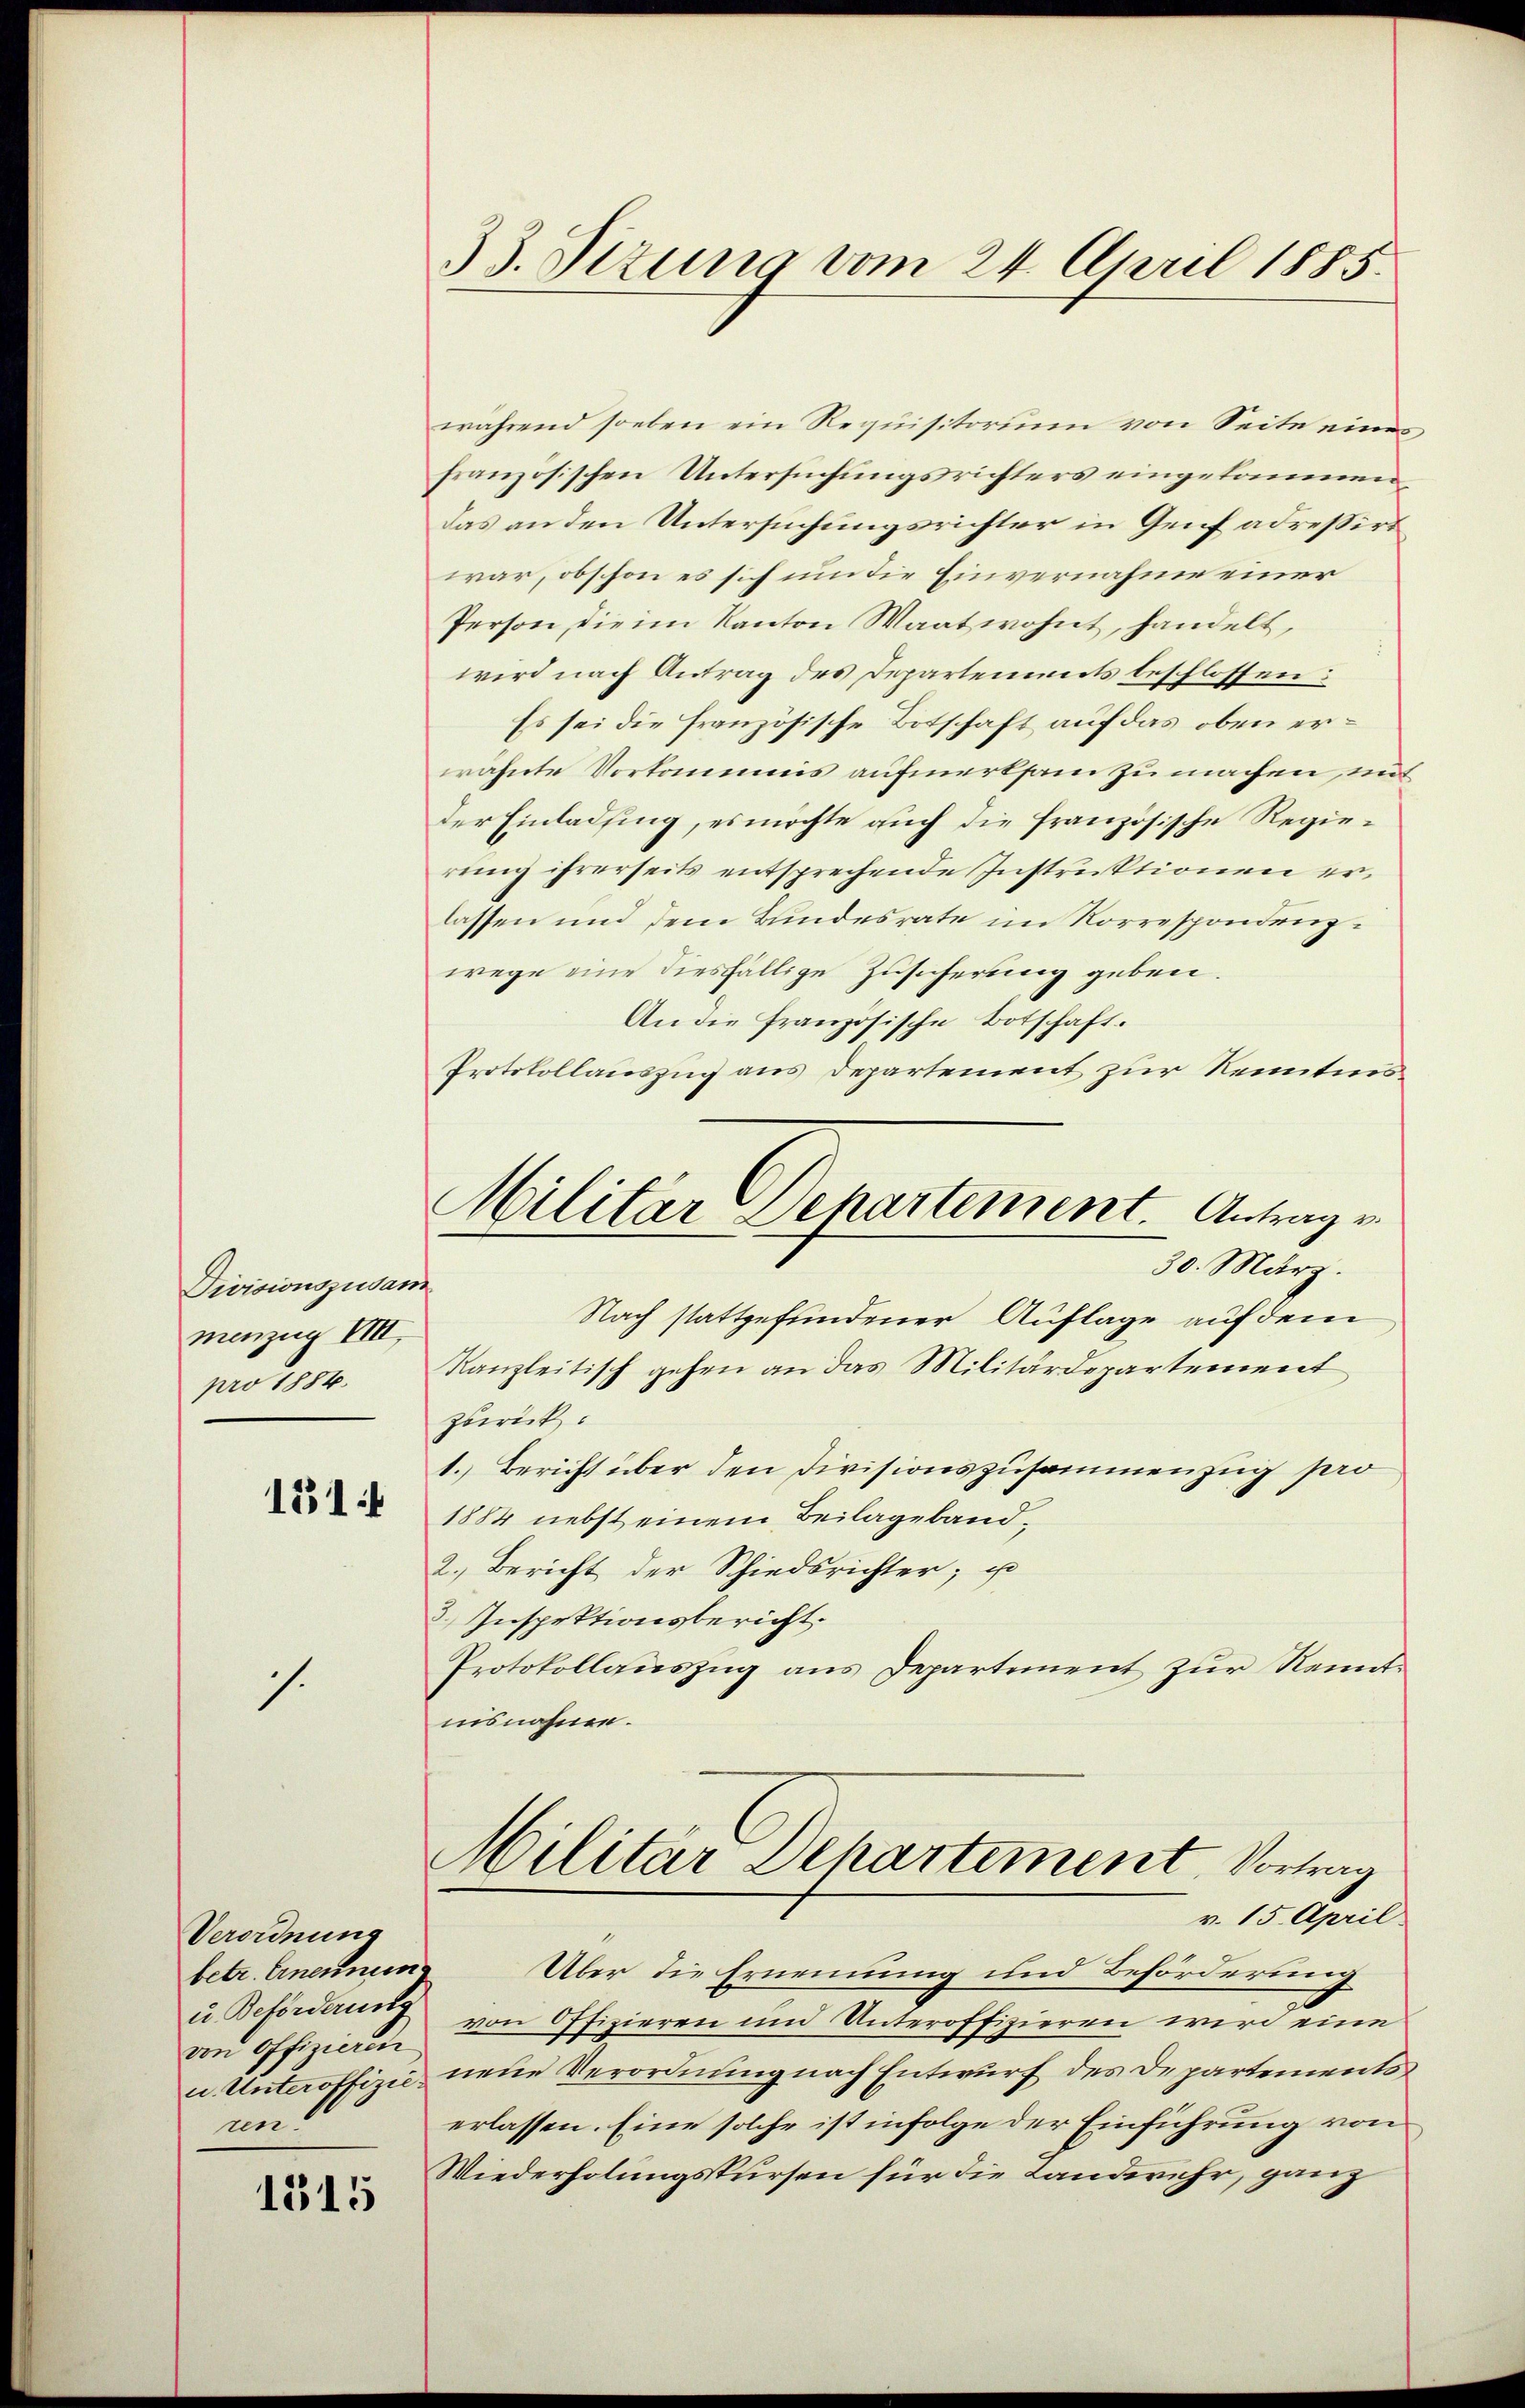
Divisionszusan
menzug VIII.
pro 1884.

151

.

Verordnung
betr. Ernennun
u Beförderunte
von Offizieren
ren.

1315

33. Sizung vom 24. April 1885.

Militär Dehartement. Antrag v
30. März.

während soeben ein Requisitorium von Seite eines
französischen Untersŭchŭngsrichters eingekommen
Das an den Untersuchungsrichter in Genf adreßirt
war, obschon es sich um die Einvernahme einer
Person, die im Kanton Waatwohnt, handelt,
wird nach Antrag des Departements beschlossen:
Es sei die französische Botschaft auf das oben erwähnte Vorkommis aufmerksam zu machen, mit
der Einladung, es möchte auch die französische Regierung ihrerseits entsprechende Instruktionen erlassen und dem Bundesrate im Korrespondenzwege eine diesfällige Zusicherung geben.
An die Französische Botschaft.
Protokollauszug aus Departement zur Renntins¬
Nach stattgefundener Auflage auf dem
Kanzleitisch gehen an das Militärdepartement
zurück.
1.) Bericht über den Divisionszusammenzug pro
1884 nebst einem Beilageband¬
2.) Bericht der Schiedsrichter; u
2. Inspektionsbericht.
Protokollauszug aus Departement zur Kenntnisnahme.
Militär Departement. Vortrag
v. 15. April
Über die Ernennung und Beförderung
von Offizieren und Unteroffizieren wird eine
u. Unteroffizie neue Verordnung nach Entwurf des Departements
erlassen. Eine solche ist infolge der Einführung von
Wiederholungskursen für die Landwehr, ganz